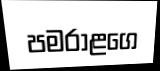
පමරාළගෙ